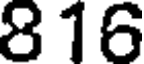
816